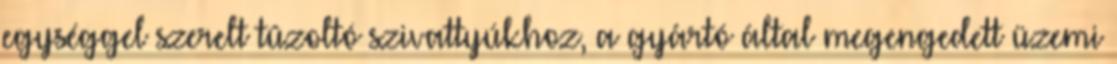
egységgel szerelt tûzoltó szivattyúkhoz, a gyártó által megengedett üzemi